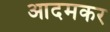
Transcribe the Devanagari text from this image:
आदमकर